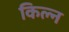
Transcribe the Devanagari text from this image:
किल्न